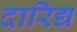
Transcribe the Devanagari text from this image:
दारिद्य